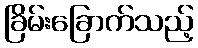
ခြိမ်းခြောက်သည့်